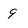
Character: 9